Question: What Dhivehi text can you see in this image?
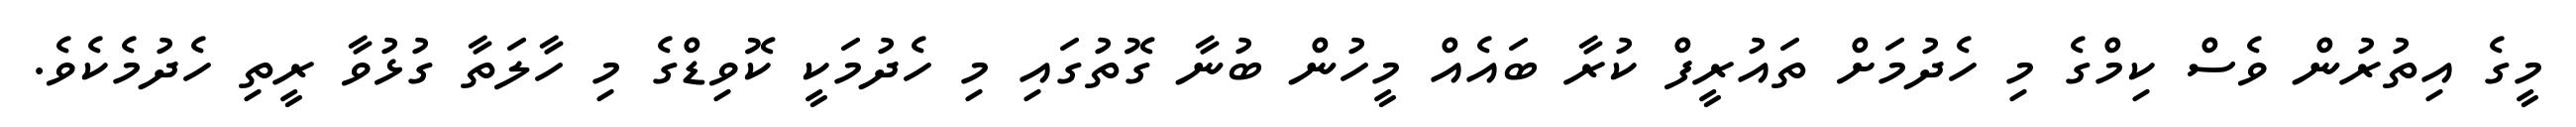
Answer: މީގެ އިތުރުން ވެސް ކިމްގެ މި ހެދުމަށް ތައުރީފް ކުރާ ބައެއް މީހުން ބުނާ ގޮތުގައި މި ހެދުމަކީ ކޮވިޑްގެ މި ހާލަތާ ގުޅުވާ ރީތި ހެދުމެކެވެ.